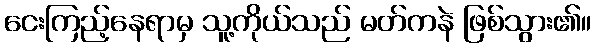
ငေးကြည့်နေရာမှ သူ့ကိုယ်သည် မတ်ကနဲ ဖြစ်သွား၏။